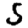
Digit: 5